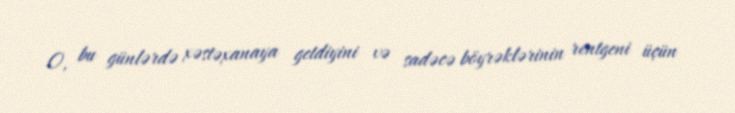
O, bu günlərdə xəstəxanaya getdiyini və sadəcə böyrəklərinin rentgeni üçün